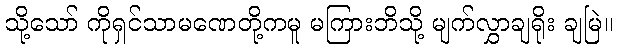
သို့သော် ကိုရှင်သာမဏေတို့ကမူ မကြားဘိသို့ မျက်လွှာချရိုး ချမြဲ။